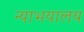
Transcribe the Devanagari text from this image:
न्याभयालय